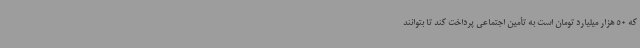
که 50 هزار میلیارد تومان است به تأمین اجتماعی پرداخت کند تا بتوانند